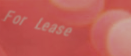
For Lease